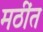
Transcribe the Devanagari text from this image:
मठींत